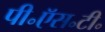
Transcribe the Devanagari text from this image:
पी॰ऍस॰टी॰